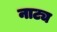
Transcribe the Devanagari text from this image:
नाट्य